NAE_ERA_R-2632_ENSV_TA_Emakeele_Selts_1945-1955, lk 133
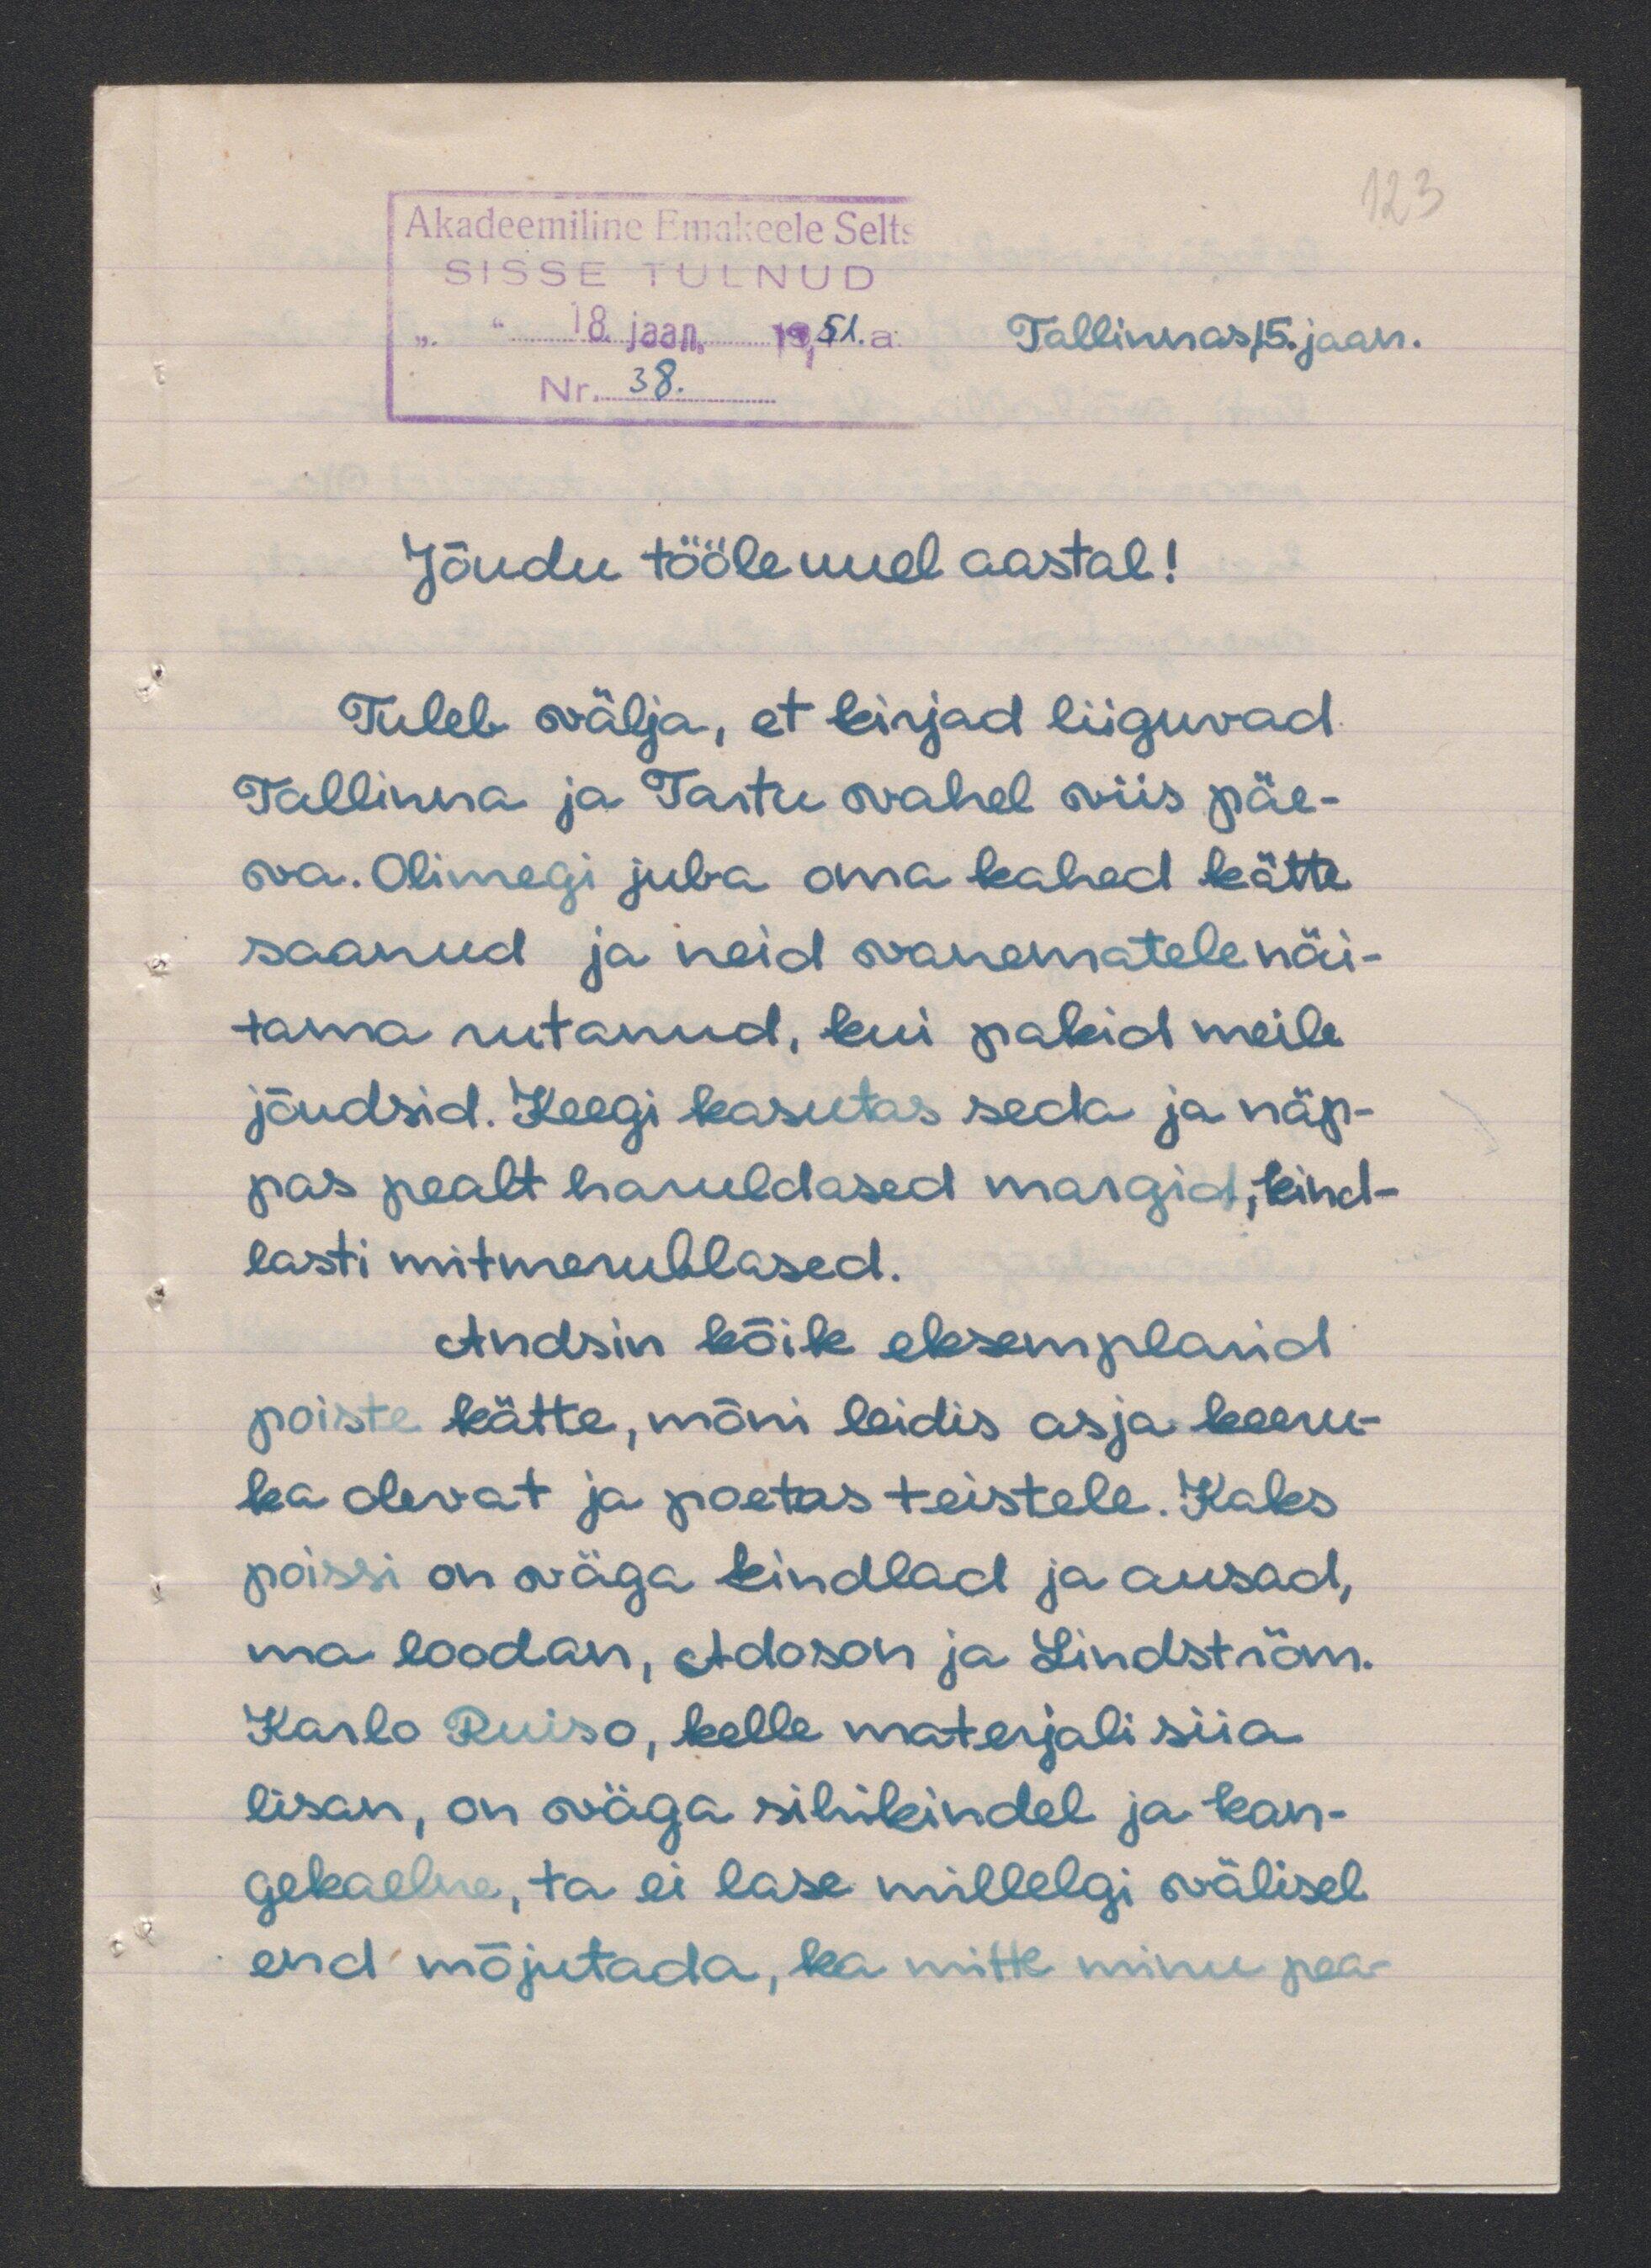
Akadeemiline Emakeele Selts
SISSE
TULNUD
18 jaan. 1951.a.
Tallinnas 15. jaan.
Nr.. 38.
Jõudu tööle uuel aastal!
Tuleb välja, et kirjad liiguvad
Tallinna ja Tartu vahel viis päe-
va. Olimegi juba oma kahed kätte
saanud ja neid vanematele näi-
tama rutanud, kui pakid meile
jõudsid. Keegi kasutas seda ja näp-
pas pealt haruldased margid; kind-
lasti mitmerublased.
Andsin kõik eksemplarid
poiste lätte, mõni leidis asja keeru-
ka olevat ja poetas teistele. Kaks
poissi on wäga kindlad ja ausad,
ma loodan, Adoson ja Lindström.
Karlo Ruiso, kelle materjali siia
lisan, on väga sihikindel ja kan-
gekaelne, ta ei lase millelgi välisel
end mõjutada, ka mitte minu pea-